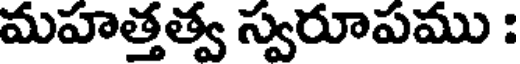
మహత్తత్వ స్వరూపము :